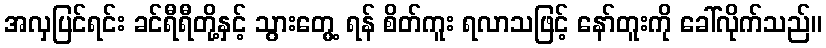
အလှပြင်ရင်း ခင်ရီရီတို့နှင့် သွားတွေ့ ရန် စိတ်ကူး ရလာသဖြင့် နော်တူးကို ခေါ်လိုက်သည်။